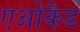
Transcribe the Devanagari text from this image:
एओकैड